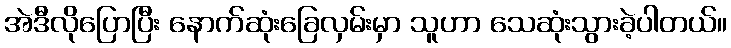
အဲဒီလိုပြောပြီး နောက်ဆုံးခြေလှမ်းမှာ သူဟာ သေဆုံးသွားခဲ့ပါတယ်။